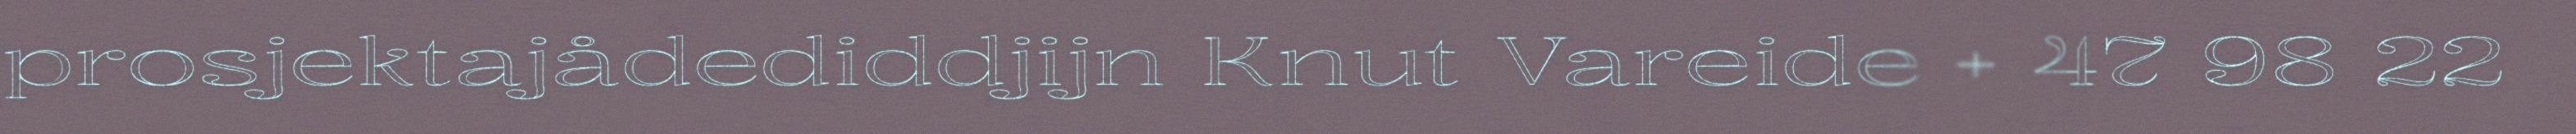
prosjektajådediddjijn Knut Vareide + 47 98 22